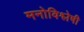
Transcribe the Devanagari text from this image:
मनोविश्लेषी